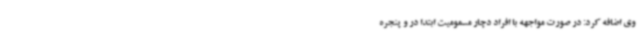
وی اضافه کرد: در صورت مواجهه با افراد دچار مسمومیت ابتدا در و پنجره